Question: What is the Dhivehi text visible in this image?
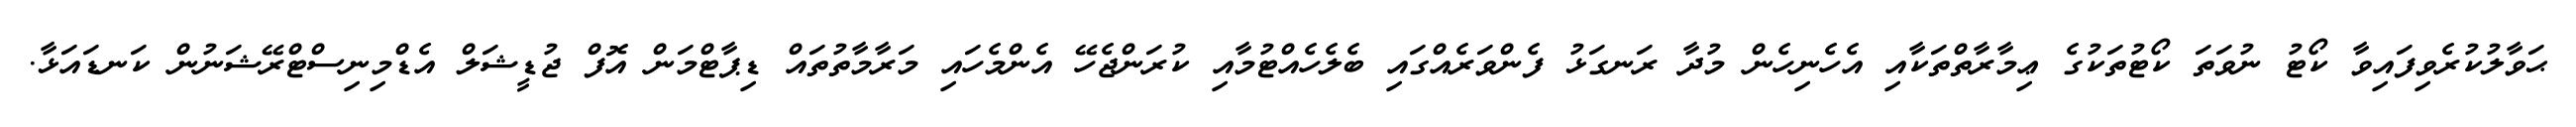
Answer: ޙަވާލުކުރެވިފައިވާ ކޯޓު ނުވަތަ ކޯޓުތަކުގެ ޢިމާރާތްތަކާއި އެހެނިހެން މުދާ ރަނގަޅު ފެންވަރެއްގައި ބެލެހެއްޓުމާއި ކުރަންޖެހޭ އެންމެހައި މަރާމާތުތައް ޑިޕާޓްމަން އޮފް ޖުޑީޝަލް އެޑްމިނިސްޓްރޭޝަނުން ކަނޑައަޅާ.